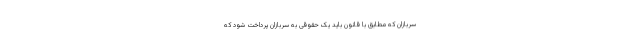
سربازان که مطابق با قانون باید یک حقوقی به سربازان پرداخت شود که